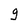
Character: 9